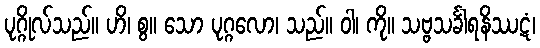
ပုဂ္ဂိုလ်သည်။ ဟိ၊ စွ။ သော ပုဂ္ဂလော၊ သည်။ ဝါ၊ ကို။ သဗ္ဗသင်္ခါရနိဿဋံ၊